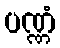
ပဏ္ဏံ